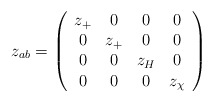
\begin{align*}z_{a b} = \left(\begin{array}{cccc} z_+& 0& 0 & 0 \\ 0 & z_+ & 0& 0\\ 0 & 0 & z_H & 0 \\ 0 & 0 & 0& z_\chi \end{array} \right)\end{align*}